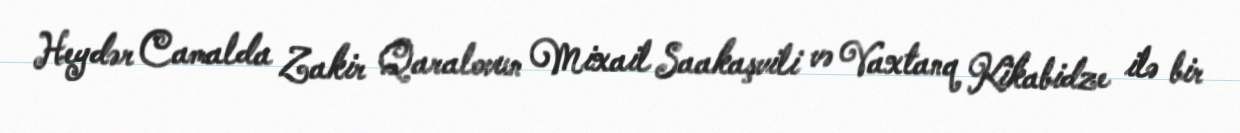
Heydər Camalda Zakir Qaralovun Mixail Saakaşvili və Vaxtanq Kikabidze ilə bir